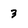
Character: 3